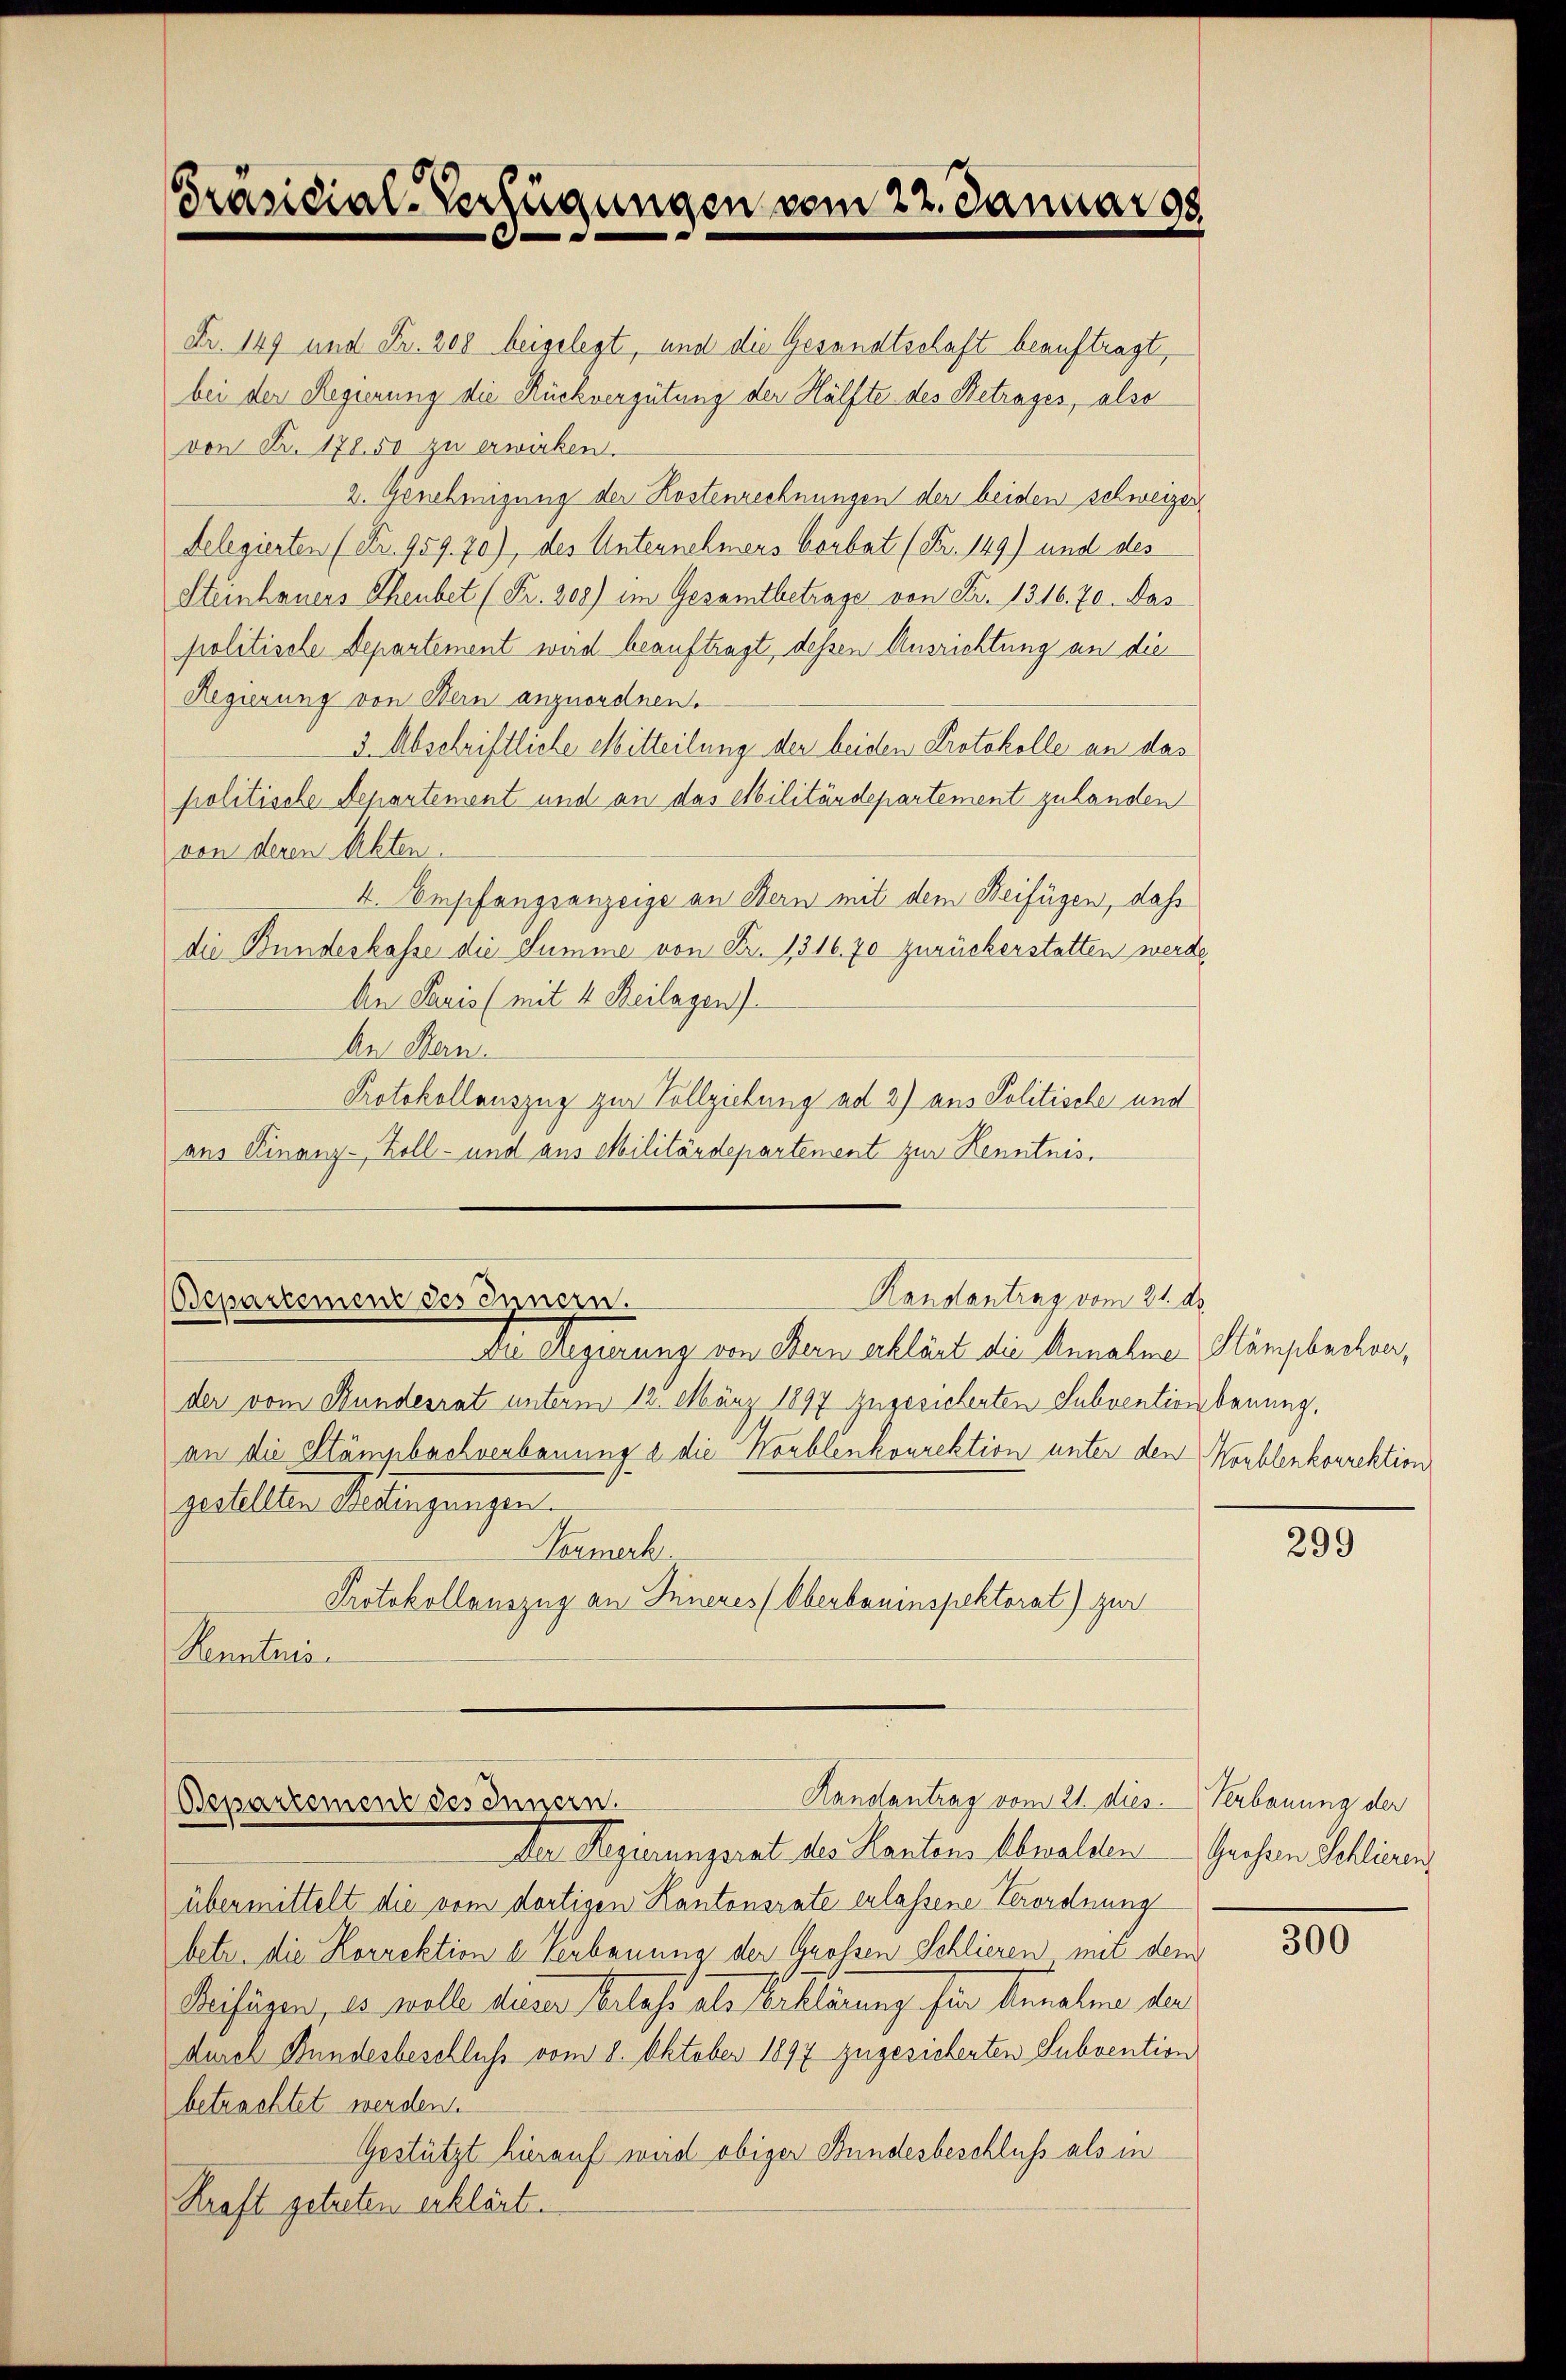
Präsidial-Verfügungen vom 22. Januar 98

Fr. 149 und Fr. 208 beigelegt, und die Gesandtschaft beauftragt,
bei der Regierung die Rückvergütung der Hälfte des Betrages, also
von Fr. 178.50 zu erwirken.
2. Genehmigung der Kostenrechnungen der beiden schweizer
delegierten (Nr. 959. 70), des Unternehmers Vorbat (Fr. 149) und des
Steinhauers Theubet (Fr. 308) im Gesamtbetrage von Fr. 1316. 70. Das
politische Departement wird beauftragt, dessen Ausrichtung an die
Regierung von Bern anzuordnen.
3. Abschriftliche Mitteilung der beiden Protokolle an das
politische Departement und an das Militärdepartement zulanden
von deren Akten.
4. Empfangsanzeige an Bern mit dem Beifügen, dahi
die Bundeskasse die Summe von Fr. 1316. 70 zurückerstatten werde
An Paris (mit 4 Beilagen)
An Hern.
Protokollauszug zur Vollziehung ad 2) aus Politische und
aus Finanz-Zoll- und aus Militärdepartement zur Kenntnis¬
Kandanting vom 21. Au
Bepartement des Innszn.
Die Regierung von Bern erklärt die Annahme Stämpbuchverder vom Hundesrat unterm 12. März 1897 zugesichenten Subventionsbauung,
an die Stämpbachverbauung e die Korblenkorrektion unter den Koublenkorrektion
gestellten Bedingungen.
Teumerk
Protokollauszug an Inneres Oberbauinspektorat) zur
Kenntnis

Der Regierungsrat des Kantons Obwalden Grosen Schlieren
übermittelt die vom dortigen Kantonsrate erlassene Verordnung
betr. die Korrektion u. Verbauung der Grossen Schlieren mit dem
Mihäzen, es wolle deiner belehe als Erklärung sie benalen der
durch Bundesbeschluss vom 8. Oktober 1897 zugesicherten Subvention
betrachtet werden.
Gestützt hierauf wird obiger Bundesbeschluß als in
Kraft getreten erklärt.

Handantrag vom 21. dies. Verbauung der
Bepartement des Innern.

299

300